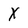
Character: X